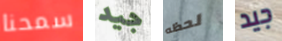
سمحنا جيد لحظه جيد